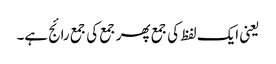
یعنی ایک لفظ کی جمع پھر جمع کی جمع رائج ہے۔